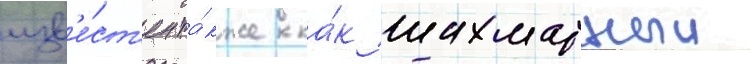
изв'е́ст'ен та́кже ка́к шахматныи